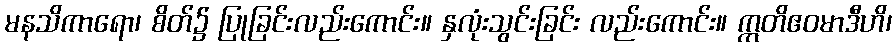
မနသိကာရော၊ စိတ်၌ ပြုခြင်းလည်းကောင်း။ နှလုံးသွင်းခြင်း လည်းကောင်း။ ဣတိဧဝမာဒီဟိ၊